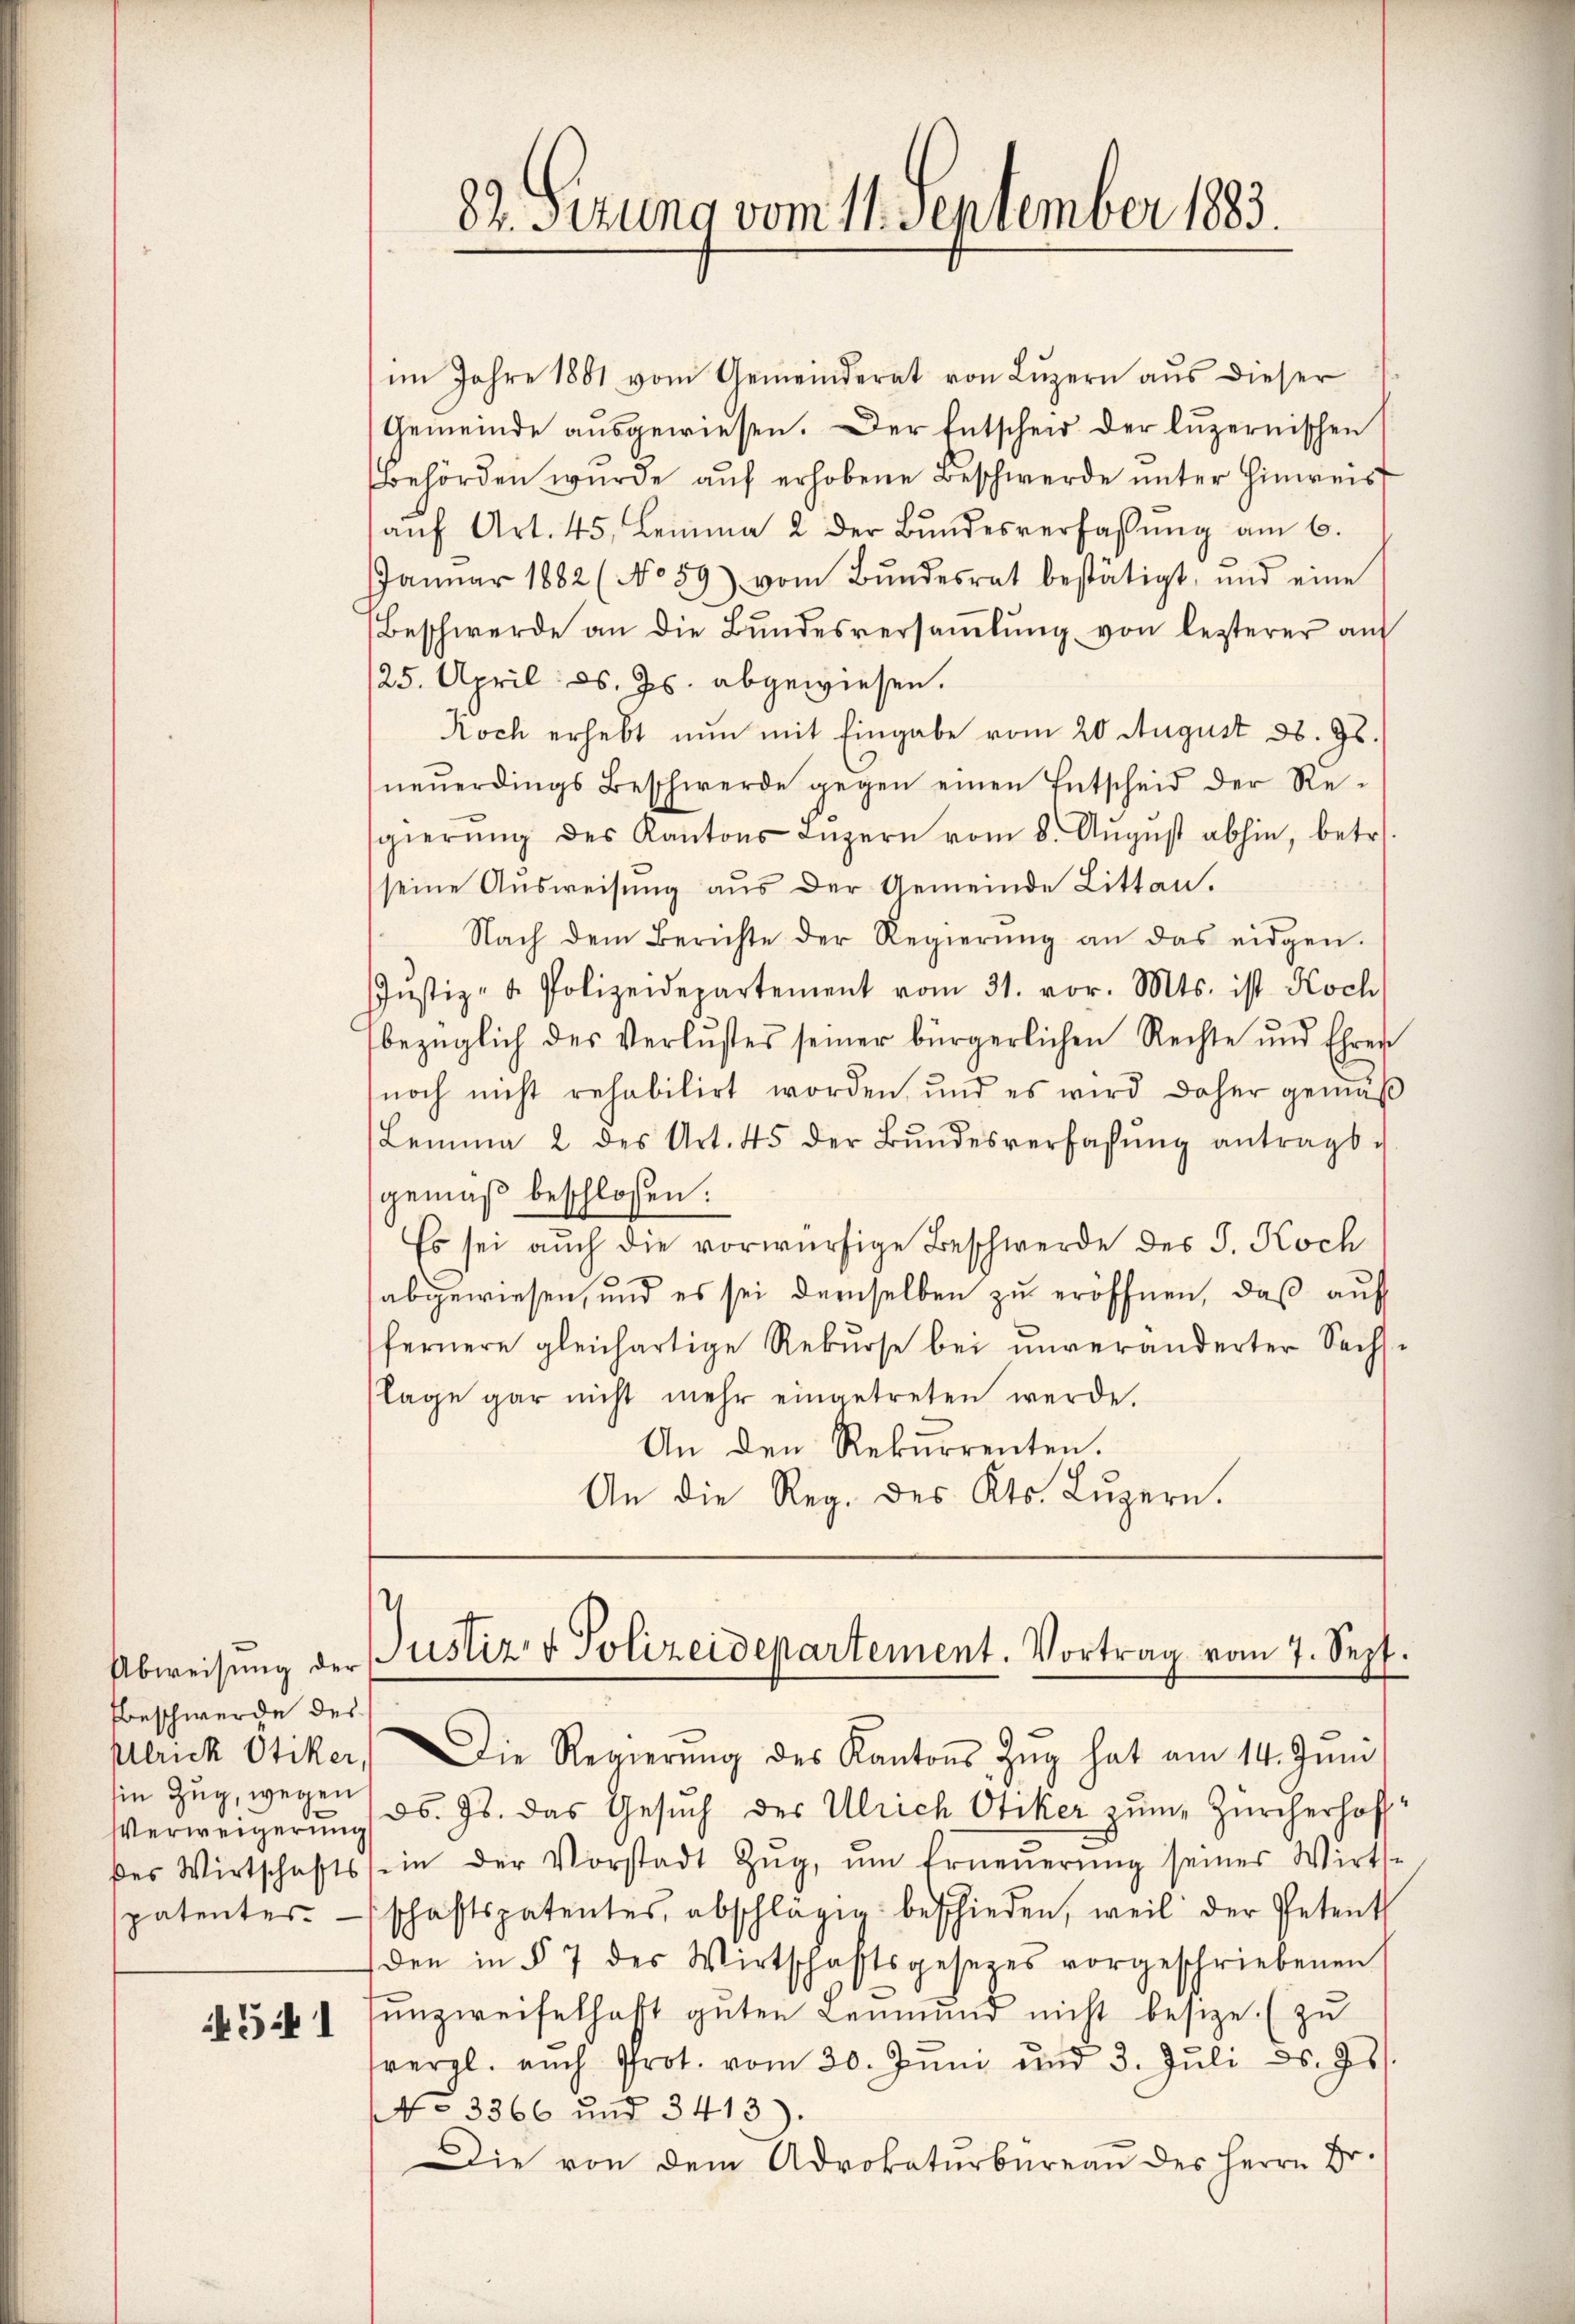
Beschwerde des
Ulrick Ötiker
Ein Zug, wegen
e
Verweigerung
des Wirtschafts
spatentes

4541

im Jahre 1881 vom Gemeinderat von Lŭzern aŭs dieser
Gemeinde ausgewiesen. Der Entscheid der luzernischen
Behörden wurde auf erhobene Beschwerde unter Hinweis
aŭf Art. 45. Lemma 2 der Bŭndesverfassŭng am 6.
Janŭar 1882 (No 59) vom Bŭndesrat bestätigt, und eine
Beschwerde an die Bŭndesversaṁlŭng von lezterer aŭf
125. April d. Js. abgewiesen.
Koch erhebt nun mit Eingabe vom 20 August ds. Gs.
neŭerdings Beschwerde gegen einen Entscheid der Re-
sgierŭng des Kantons Luzern vom 8. Aŭgŭst abhin, betr.
seine Ausweisung aus der Gemeinde Litten.
Nach dem Berichte der Regierŭng an das eidgen.
Jŭstiz- & Polizeidepartement vom 31. vor. Mts. ist Koch
bezüglich des Verlustes seiner bürgerlichen Rechte und Ehren
noch nicht rehabilirt worden, und es wird daher gemäβ
Lemma 2 des Art. 45 der Bŭndesverfassŭng antragt.
gemäß beschlossen:
Es sei auch die vorwürfige Beschwerde des J. Koch
abgewiesen, und es sei demselben zu eröffnen, daß auf
fernere gleichartige Rekŭrse bei unveränderter Sechse
lage gar nicht mehr eingetreten werde.
An den Rekurrenten.
An die Reg. des Kts. Lŭzern.

82. Sitzung vom 11. September 1883.

Abweisŭng der Justiz- & Polizeidepartement. Vortrag vom 7. Sept.

Die Regierŭng des Kantons Zŭg hat am 14. Jŭni
ds. Js. das Gesuch der Ulrich Otiker zum Zürcherhoff
in der Vorstadt Zŭg, ŭm Erneŭerŭng seines Wirthe
schaftspatentes abschlägig beschieden, weil der Petent
den in § 7 des Wirtschaftsgesetzes vorgeschriebenen
sŭnzweifelhaft gŭten Leŭmŭnd nicht besitze. (zu
vergl. auch Prot. vom 30. Jŭni und 3. Jŭli d. Js.
No 3366 und 3413).
Die von dem Advokaturbüreaŭ des Herrn Dr.